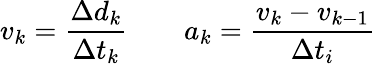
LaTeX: v_{k}=\frac{\Delta{d}_{k}}{\Delta{t}_{k}}\qquad a_{k}=\frac{v_{k}-v_{k-1}}{\Delta t_{i}}